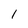
Character: 1